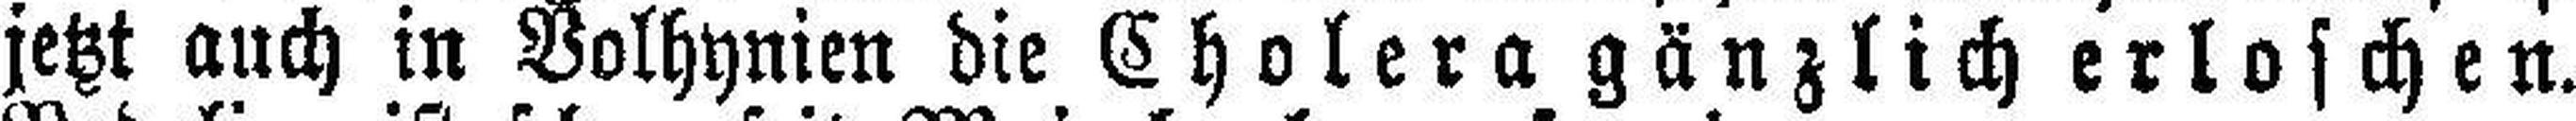
jetzt auch in Volhynien die Cholera gänzlich erloschen.